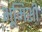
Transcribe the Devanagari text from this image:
भूमिशी